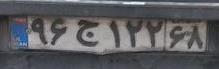
۹۶ج۱۲۲۶۸